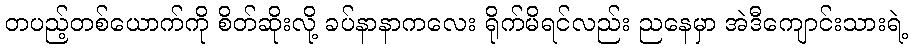
တပည့်တစ်ယောက်ကို စိတ်ဆိုးလို့ ခပ်နာနာကလေး ရိုက်မိရင်လည်း ညနေမှာ အဲဒီကျောင်းသားရဲ့